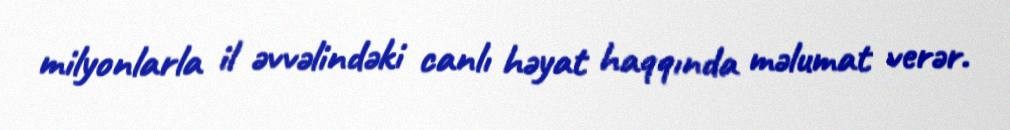
milyonlarla il əvvəlindəki canlı həyat haqqında məlumat verər.